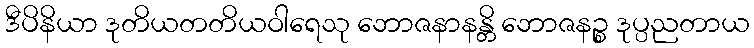
ဒီပိနိယာ ဒုတိယတတိယဝါရေသု ဘောဇနာနန္တိ ဘောဇနဉ္စ ဒုပ္ပညတာယ